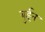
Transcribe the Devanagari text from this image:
बुईन